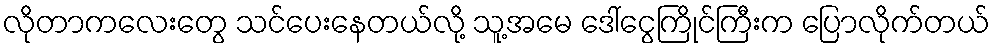
လိုတာကလေးတွေ သင်ပေးနေတယ်လို့ သူ့အမေ ဒေါ်ငွေကြိုင်ကြီးက ပြောလိုက်တယ်